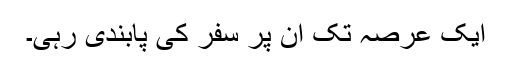
ایک عرصہ تک ان پر سفر کی پابندی رہی۔